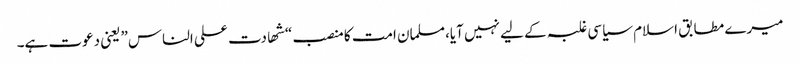
میرے مطابق اسلام سیاسی غلبہ کے لیے نہیں آیا،مسلمان امت کا منصب “شھادت علی الناس” یعنی دعوت ہے۔